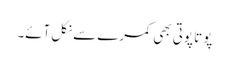
پوتا پوتی بھی کمرے سے نکل آئے۔